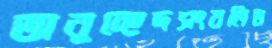
অনুচ্ছেদসংবলিত